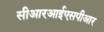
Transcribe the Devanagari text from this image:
सीआरआईएसपीआर